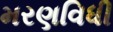
મરણવિધી